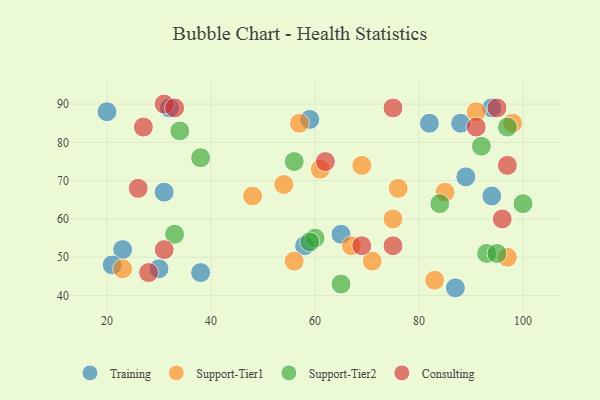
{"axis": {"x": "GDP", "y": "Life Expectancy"}, "legend": ["Consulting", "Support-Tier1", "Support-Tier2", "Training"], "data": [{"x": "65", "y": 56, "type": "Training"}, {"x": "58", "y": 53, "type": "Training"}, {"x": "88", "y": 85, "type": "Training"}, {"x": "32", "y": 89, "type": "Training"}, {"x": "87", "y": 42, "type": "Training"}, {"x": "94", "y": 89, "type": "Training"}, {"x": "94", "y": 66, "type": "Training"}, {"x": "20", "y": 88, "type": "Training"}, {"x": "59", "y": 86, "type": "Training"}, {"x": "23", "y": 52, "type": "Training"}, {"x": "31", "y": 67, "type": "Training"}, {"x": "30", "y": 47, "type": "Training"}, {"x": "38", "y": 46, "type": "Training"}, {"x": "89", "y": 71, "type": "Training"}, {"x": "21", "y": 48, "type": "Training"}, {"x": "82", "y": 85, "type": "Training"}, {"x": "56", "y": 49, "type": "Support-Tier1"}, {"x": "85", "y": 67, "type": "Support-Tier1"}, {"x": "71", "y": 49, "type": "Support-Tier1"}, {"x": "61", "y": 73, "type": "Support-Tier1"}, {"x": "98", "y": 85, "type": "Support-Tier1"}, {"x": "23", "y": 47, "type": "Support-Tier1"}, {"x": "91", "y": 88, "type": "Support-Tier1"}, {"x": "83", "y": 44, "type": "Support-Tier1"}, {"x": "54", "y": 69, "type": "Support-Tier1"}, {"x": "67", "y": 53, "type": "Support-Tier1"}, {"x": "48", "y": 66, "type": "Support-Tier1"}, {"x": "76", "y": 68, "type": "Support-Tier1"}, {"x": "57", "y": 85, "type": "Support-Tier1"}, {"x": "97", "y": 50, "type": "Support-Tier1"}, {"x": "75", "y": 60, "type": "Support-Tier1"}, {"x": "69", "y": 74, "type": "Support-Tier1"}, {"x": "100", "y": 64, "type": "Support-Tier2"}, {"x": "60", "y": 55, "type": "Support-Tier2"}, {"x": "33", "y": 56, "type": "Support-Tier2"}, {"x": "56", "y": 75, "type": "Support-Tier2"}, {"x": "84", "y": 64, "type": "Support-Tier2"}, {"x": "93", "y": 51, "type": "Support-Tier2"}, {"x": "34", "y": 83, "type": "Support-Tier2"}, {"x": "65", "y": 43, "type": "Support-Tier2"}, {"x": "59", "y": 54, "type": "Support-Tier2"}, {"x": "92", "y": 79, "type": "Support-Tier2"}, {"x": "95", "y": 51, "type": "Support-Tier2"}, {"x": "38", "y": 76, "type": "Support-Tier2"}, {"x": "97", "y": 84, "type": "Support-Tier2"}, {"x": "31", "y": 90, "type": "Consulting"}, {"x": "91", "y": 84, "type": "Consulting"}, {"x": "33", "y": 89, "type": "Consulting"}, {"x": "31", "y": 52, "type": "Consulting"}, {"x": "95", "y": 89, "type": "Consulting"}, {"x": "26", "y": 68, "type": "Consulting"}, {"x": "28", "y": 46, "type": "Consulting"}, {"x": "27", "y": 84, "type": "Consulting"}, {"x": "69", "y": 53, "type": "Consulting"}, {"x": "75", "y": 53, "type": "Consulting"}, {"x": "96", "y": 60, "type": "Consulting"}, {"x": "75", "y": 89, "type": "Consulting"}, {"x": "97", "y": 74, "type": "Consulting"}, {"x": "62", "y": 75, "type": "Consulting"}]}